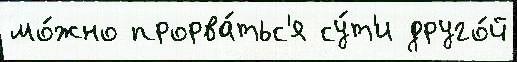
мо́жно прорва́тьс'я су́т'и друго́й